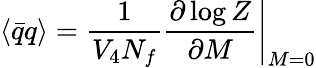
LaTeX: \langle\bar{q}q\rangle=\frac{1}{V_{4}N_{f}}\left.\frac{\partial\log Z}{\partial M}\right|_{M=0}